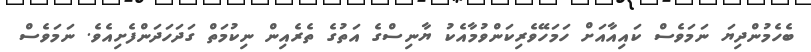
ބެހެމުންދިޔަ ނަމަވެސް ކައިއާއަށް ހަމަހޭވެރިކަންވުމާއެކު ޔާނިސްގެ އަތުގެ ތެރެއިން ނިކުމަތް ގަދަހަދަންފެށިއެވެ. ނަމަވެސް